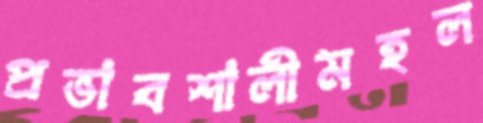
প্রভাবশালীমহল